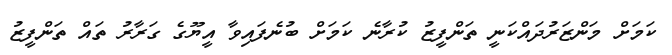
ކަމަށް މަންޒަރުދައްކަނީ ތަންފީޒު ކުރާނެ ކަމަށް ބުނެފައިވާ އީޔޫގެ ގަރާރު ތައް ތަންފީޒު